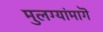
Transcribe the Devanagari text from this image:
मुलग्यांमागॆ